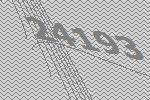
24193